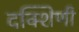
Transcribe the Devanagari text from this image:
दक्शिणी